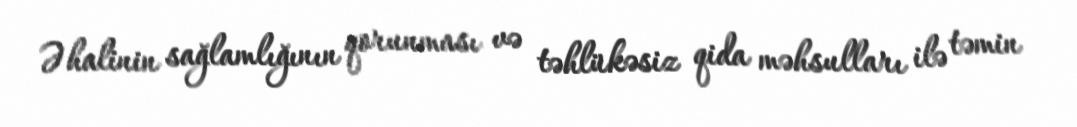
Əhalinin sağlamlığının qorunması və təhlükəsiz qida məhsulları ilə təmin